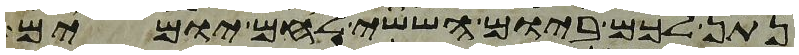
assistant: נתן לכם ביום הששי לחם יומים